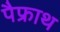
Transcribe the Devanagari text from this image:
पैफ्राथ